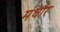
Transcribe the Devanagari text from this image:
मंधौर